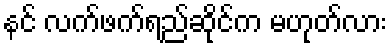
နင် လက်ဖက်ရည်ဆိုင်က မဟုတ်လား